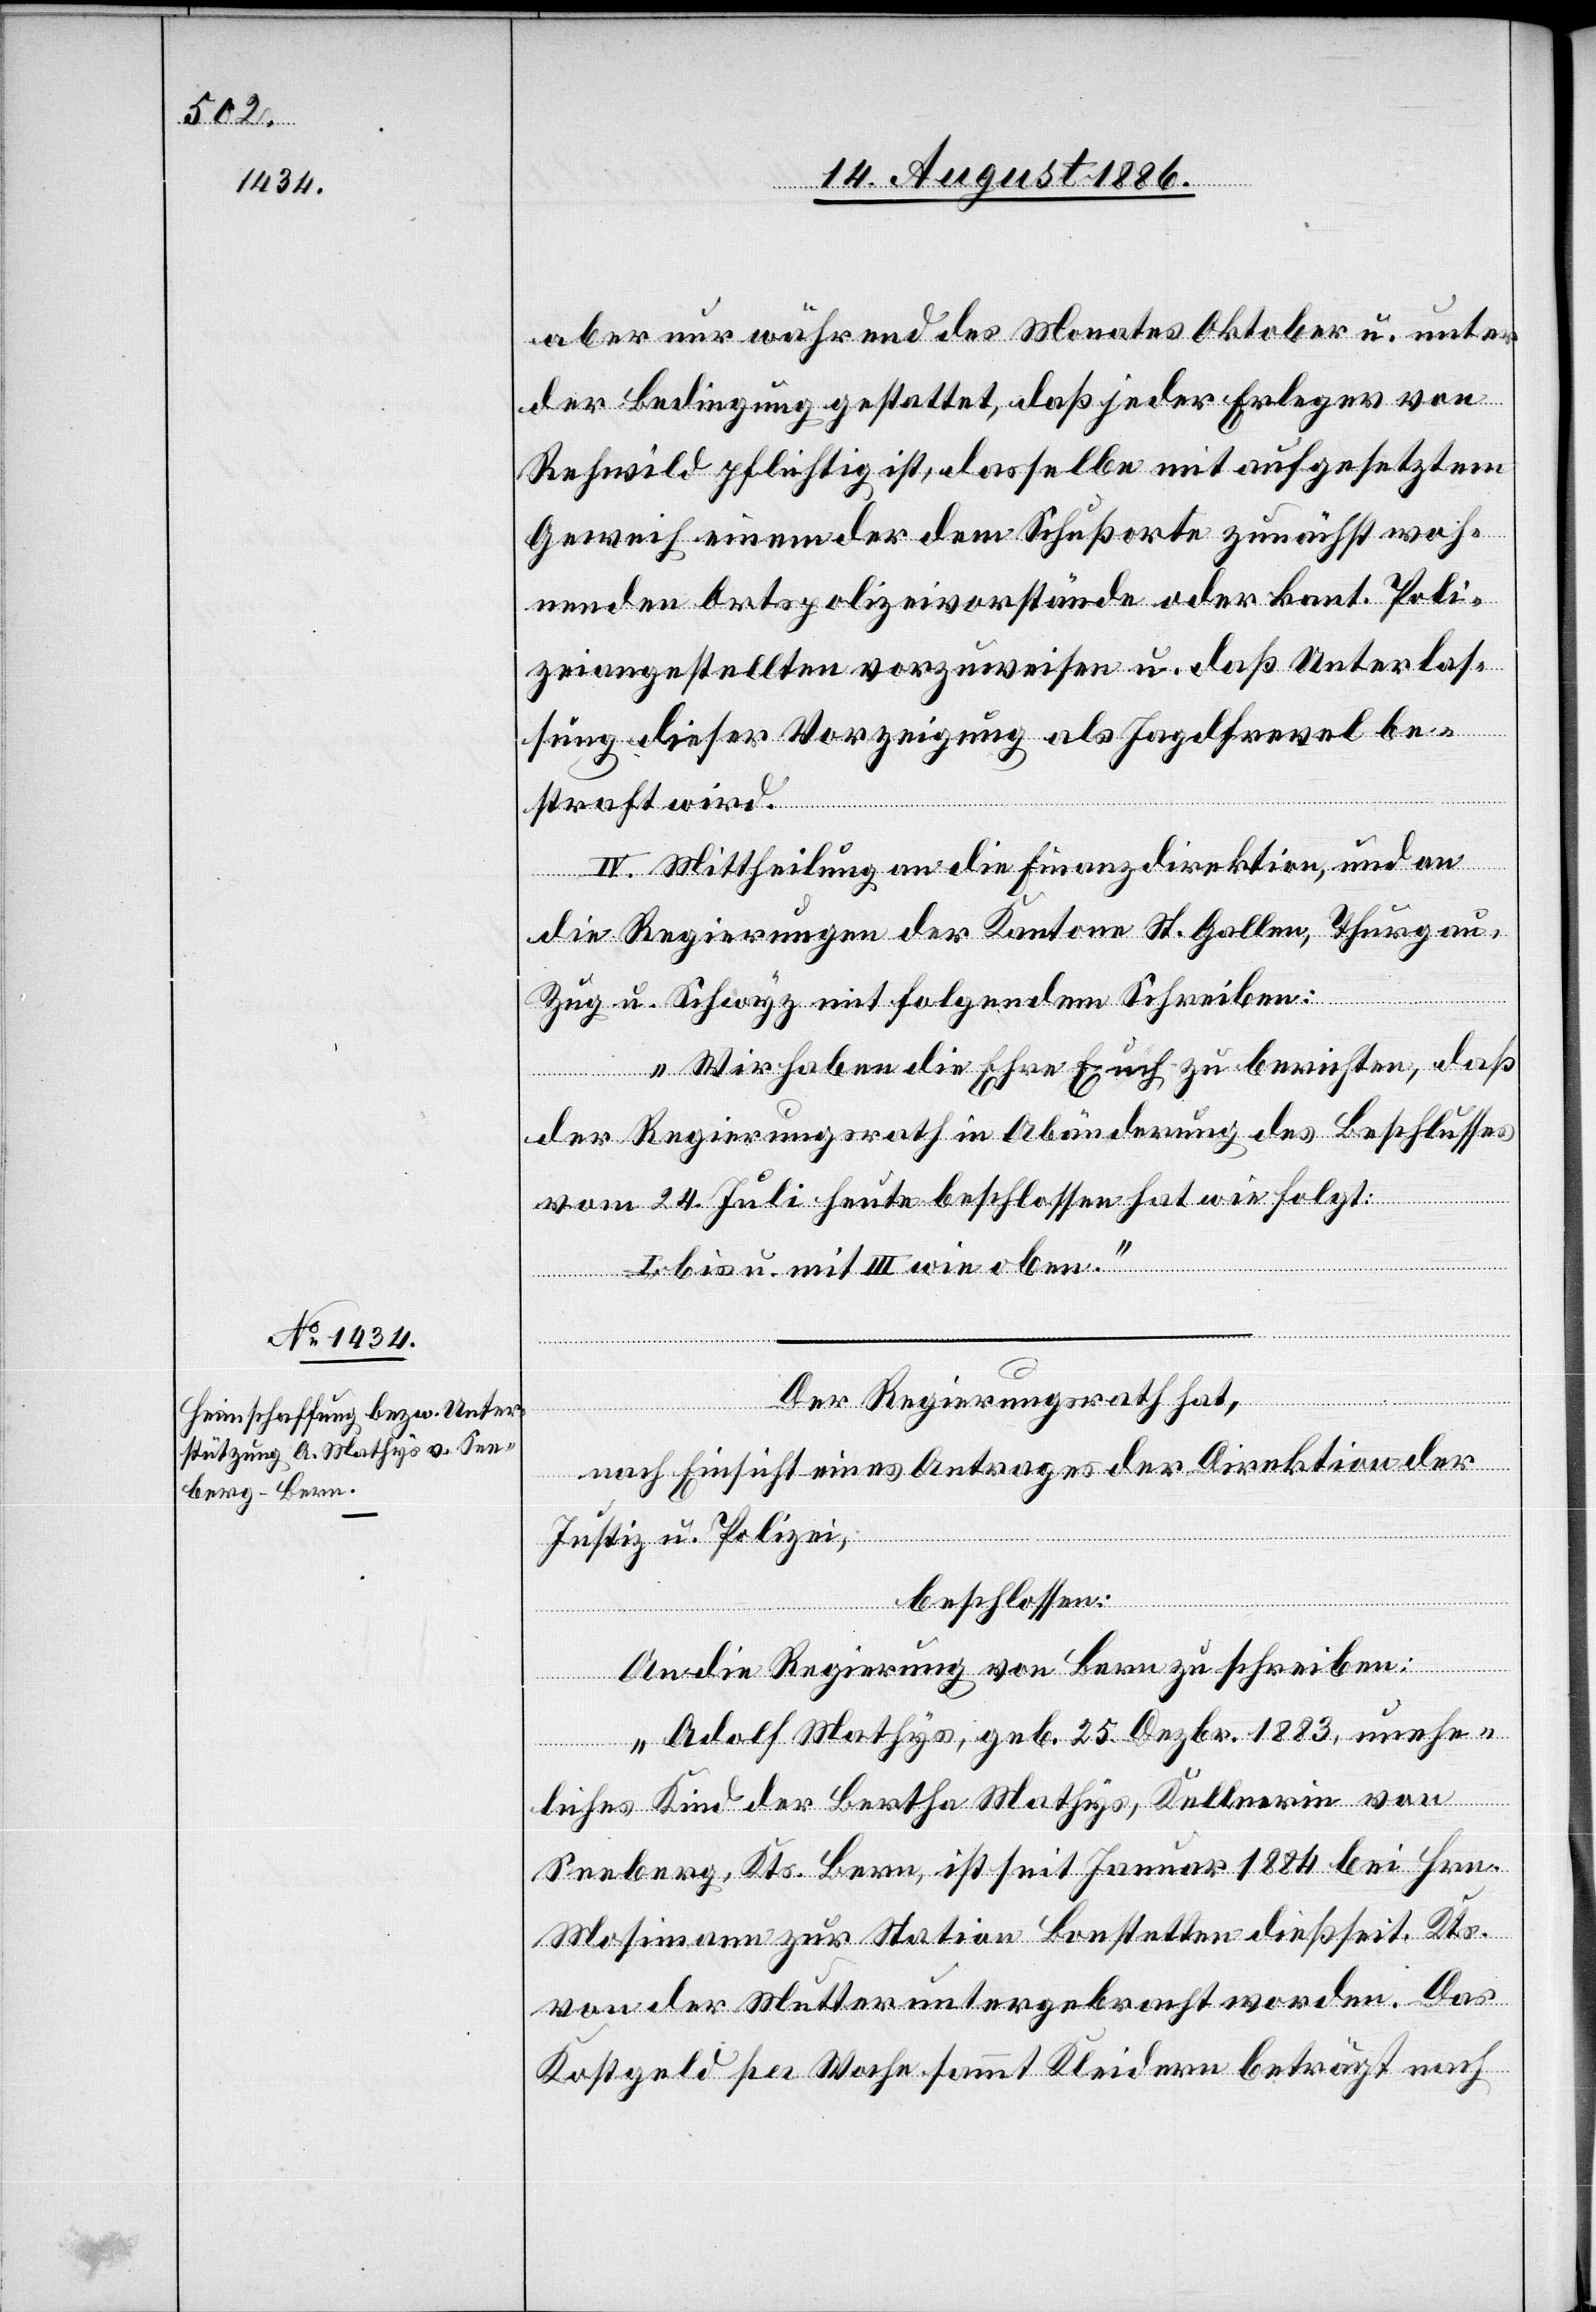
aber nur während des Monates Oktober u. unter
der Bedingung gestattet, daß jeder Erleger von
Rehwild pflichtig ist, dasselbe mit aufgesetztem
Geweih einem der dem Schußorte zunächst woh¬
nenden Ortspolizeivorstände oder kant. Poli¬
zeiangestellten vorzuweisen u. daß Unterlas¬
sung dieser Vorzeigung als Jagdfrevel be¬
straft wird.
IV. Mittheilung an die Finanzdirektion, und an
die Regierungen der Kantone St. Gallen, Thurgau,
Zug u. Schwyz mit folgendem Schreiben:
„Wir haben die Ehre Euch zu berichten, daß
der Regierungsrath in Abänderung des Beschlusses
vom 24. Juli heute beschlossen hat wie folgt:
I. bis u. mit III. wie oben.“
Der Regierungsrath hat,
nach Einsicht eines Antrages der Direktion der
Justiz & Polizei,
beschlossen:
An die Regierung des Kantons Bern zu schreiben:
„Adolf Mathys, geb. 25. Dezbr. 1883, unehe¬
liches Kind der Bertha Mathys, Kellnerin von
Seeberg, Kts. Bern, ist seit Januar 1884 bei Hrn.
Mosimann zur Station Bonstetten dießseit. Kts.
von der Mutter untergebracht worden. Das
Kostgeld per Woche sammt Kleidern beträgt nach